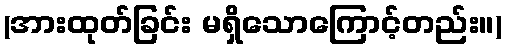
(အားထုတ်ခြင်း မရှိသောကြောင့်တည်း။)